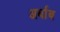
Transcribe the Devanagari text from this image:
अर्बाब